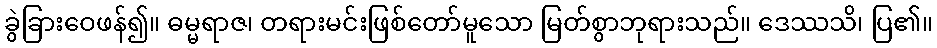
ခွဲခြားဝေဖန်၍။ ဓမ္မရာဇ၊ တရားမင်းဖြစ်တော်မူသော မြတ်စွာဘုရားသည်။ ဒေဿသိ၊ ပြ၏။